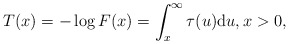
\begin{align*}T(x)=-\log F(x)=\int_{x}^{\infty}\tau(u){\rm d}u,x>0,\end{align*}